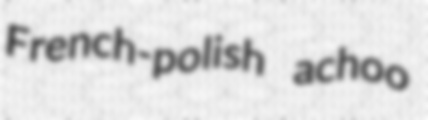
French-polish achoo